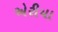
એરીયા